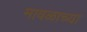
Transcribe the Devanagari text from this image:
मावळाच्या